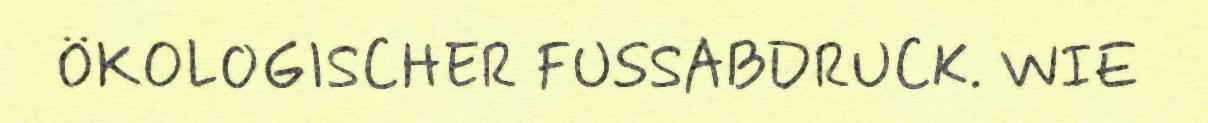
ÖKOLOGISCHER FUSSABDRUCK. WIE